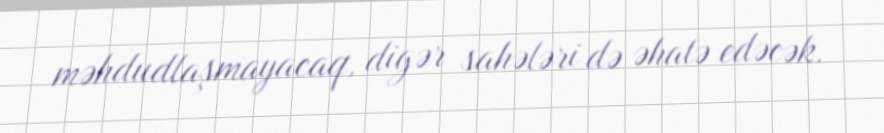
məhdudlaşmayacaq, digər sahələri də əhatə edəcək.